Investigations into the jail dietaries of the United Provinces with some observations on the influence of dietary on the physical development and well-being of the people of the United Provinces - Number 48
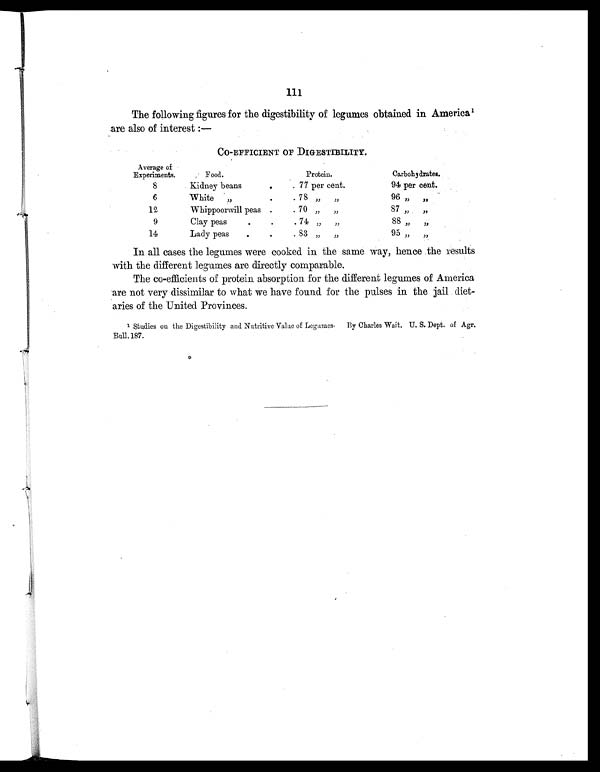
111
The following figures for the digestibility of legumes obtained in America 1
are also of interest:—
CO-EFFICIENT OF DIGESTIBILITY.
Average of
Experiments.
Food.
Protein.
Carbohydrates.
8
Kidney beans
.
. 77 per cent.
94 per cent.
6
White „
.
. 78
„ „
96 „
„
12
Whippoorwill peas .
. 70 „
„
87 „
„
9
Clay peas
.
.
. 74 „
„
88 „
„
14
Lady peas
.
.
. 83
„ „
95 „
„
In all cases the legumes were cooked in the same way, hence the results
with the different legumes are directly comparable.
The co-efficients of protein absorption for the different legumes of America
are not very dissimilar to what we have found for the pulses in the jail diet-
aries of the United Provinces.
1 Studies on the Digestibility and Nutritive Value of Legumes. By Charles Wait. U. S. Dept. of Agr.
Bull.187.